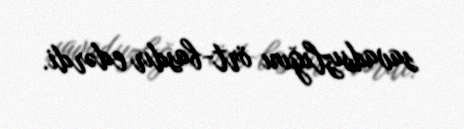
savadsızlığını ört-basdır edərdi.